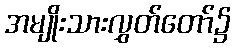
အမျိုးသားလွှတ်တော်၌